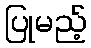
ပြုမည့်